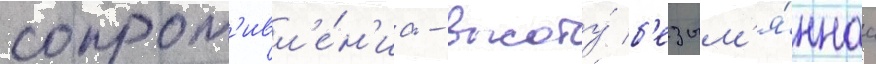
сопрот'ивл'е́н'иа - высоту́ б'езым'я́ннаа